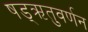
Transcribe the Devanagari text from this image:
षड्‌ऋतुवर्णन